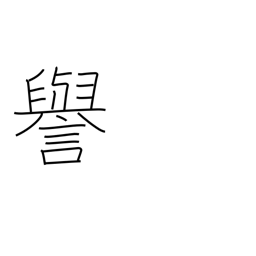
Meaning: fame